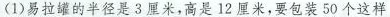
(1)易拉罐的半径是3厘米，高是12厘米，要包装50个这样